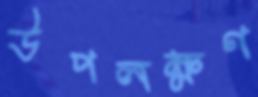
উপলক্ষণ